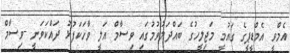
އެމްވީ އެމްޑީޕީގެ ގައުމީ މަޖިލީހުގެ ބައްދަލުވުމުގައި ވިސާމް އަލީ ވާހަކަފުޅު ދައްކަވަނީ -ވިސާމް